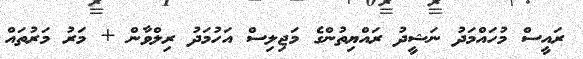
ރައީސް މުހައްމަދު ނަޝީދު ރައްޔިތުންގެ މަޖިލިސް އަހުމަދު ރިލްވާން + މަރު މަރުތައް